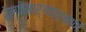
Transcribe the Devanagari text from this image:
रेल्वेमार्गांप्रमाणे